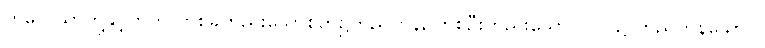
ကိလေသာတို့နှင့်တကွ တစ်ခုတည်းသောစိတ်၌တည်ကုန်, တစ်ဦးတည်းသောပုဂ္ဂိုလ်၌ တည်ကုန်သော။)